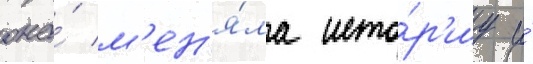
она́ м'ен'я́ла исто́р'иу и́